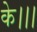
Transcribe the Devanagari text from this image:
के।।।